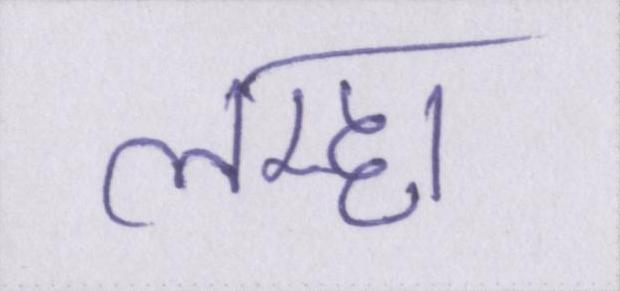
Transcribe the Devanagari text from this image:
लम्हा